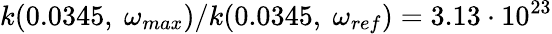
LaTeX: k(0.0345,\ \omega_{max})/k(0.0345,\ \omega_{ref})=3.13\cdot 10^{23}